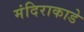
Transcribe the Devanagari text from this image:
मंदिराकाडे